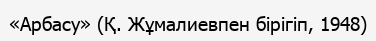
«Арбасу» (Қ. Жұмалиевпен бірігіп, 1948)